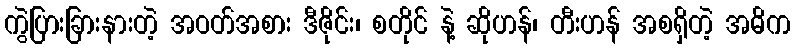
ကွဲပြားခြားနားတဲ့ အဝတ်အစား ဒီဇိုင်း၊ စတိုင် နဲ့ ဆိုဟန်၊ တီးဟန် အစရှိတဲ့ အဓိက